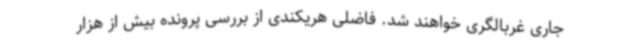
جاری غربالگری خواهند شد. فاضلی هریکندی از بررسی پرونده بیش از هزار